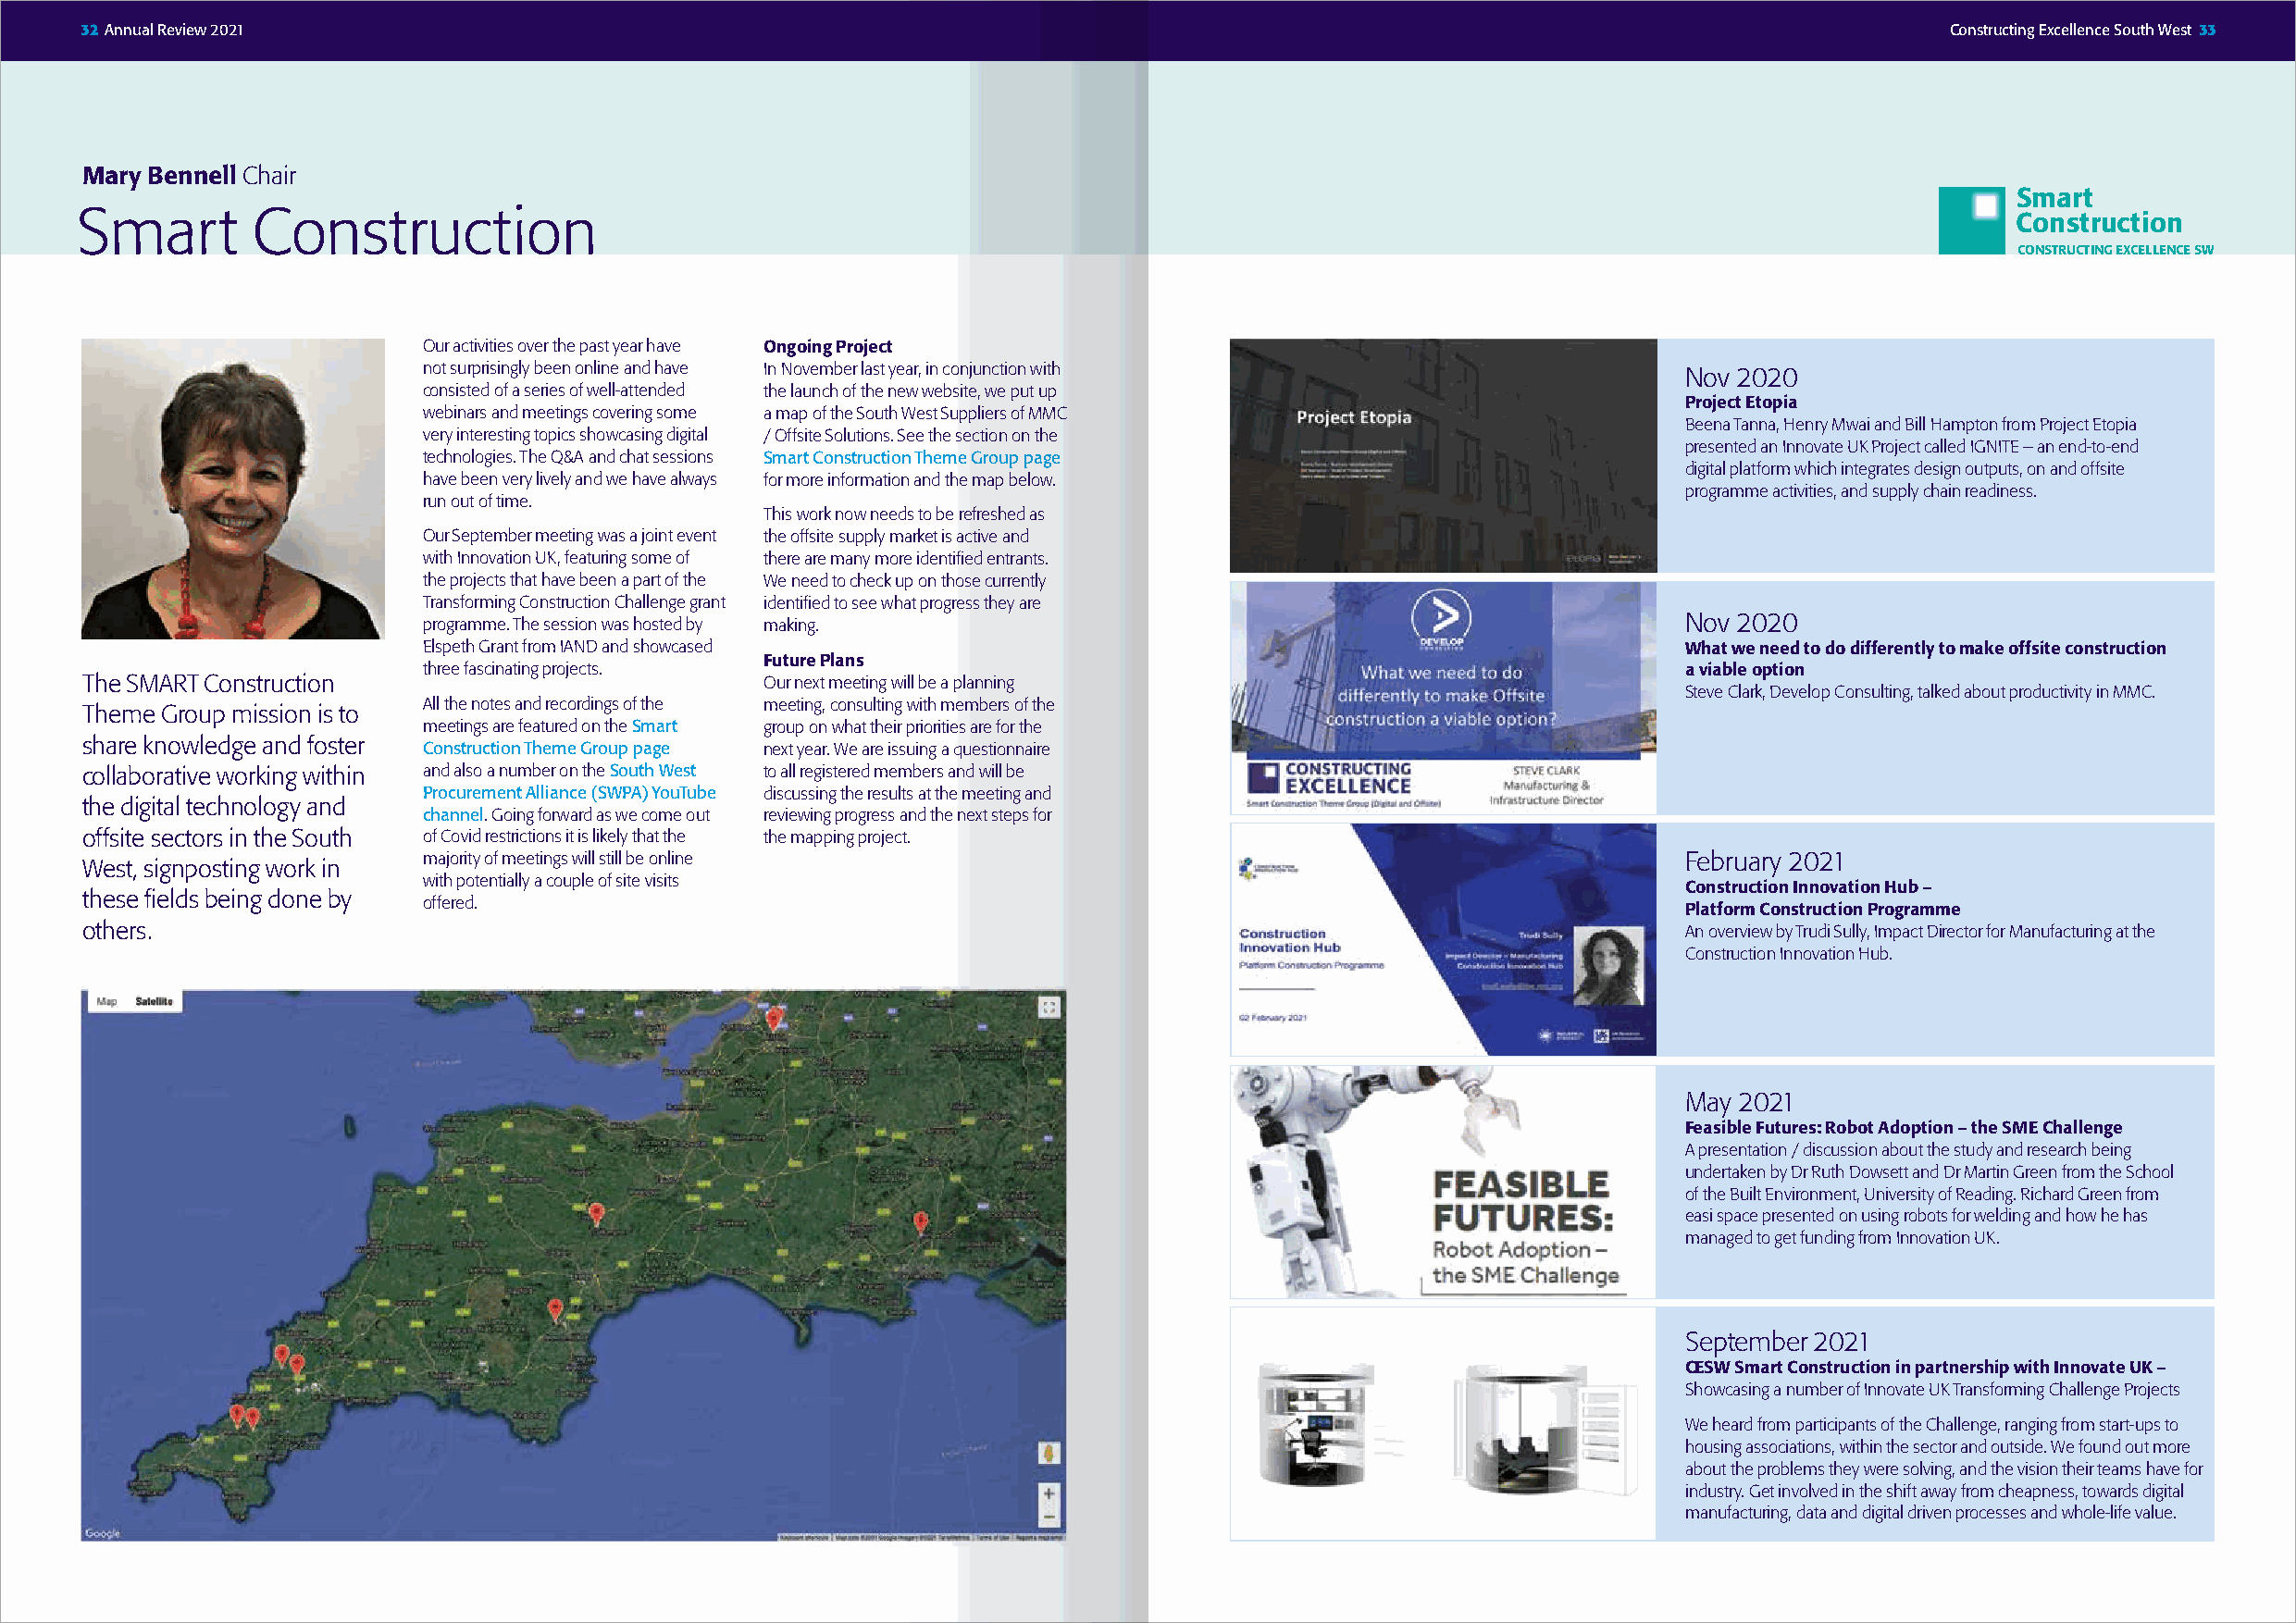
32 Annual Review 2021                                                                                                                Constructing Excellence South West 33
 Mary Bennell Chair
 Smart
 Smart        Construction
 C onstruction
 CONSTRUCTING EXCELLENCE SW
 Our activities over the past year have Ongoing Project
 not surprisingly been online and have In November last year, in conjunction with           Nov 2020
 consisted of a series of well-attended the launch of the new website, we put up
 Project Etopia
 webinars and meetings covering some a map of the South West Suppliers of MMC
 Beena Tanna, Henry Mwai and Bill Hampton from Project Etopia
 very interesting topics showcasing digital / Offsite Solutions. See the section on the
 presented an Innovate UK Project called IGNITE – an end-to-end
 technologies. The Q&A and chat sessions Smart Construction Theme Group page
 digital platform which integrates design outputs, on and offsite
 have been very lively and we have always for more information and the map below.
 programme activities, and supply chain readiness.
 run out of time.
 This work now needs to be refreshed as
 Our September meeting was a joint event the offsite supply market is active and
 with Innovation UK, featuring some of there are many more identified entrants.
 the projects that have been a part of the We need to check up on those currently
 Transforming Construction Challenge grant identified to see what progress they are
 Nov 2020
 programme. The session was hosted by making.
 Elspeth Grant from IAND and showcased                                                      What we need to do differently to make offsite construction
 Future Plans
 three fascinating projects.                                                                a viable option
 The SMART Construction                           Our next meeting will be a planning
 Steve Clark, Develop Consulting, talked about productivity in MMC.
 All the notes and recordings of the meeting, consulting with members of the
 Theme Group mission is to
 meetings are featured on the Smart group on what their priorities are for the
 share knowledge and foster
 Construction Theme Group page next year. We are issuing a questionnaire
 collaborative working within and also a number on the South West to all registered members and will be
 Procurement Alliance (SWPA) YouTube discussing the results at the meeting and
 the digital technology and
 channel. Going forward as we come out reviewing progress and the next steps for
 offsite sectors in the South of Covid restrictions it is likely that the the mapping project.
 majority of meetings will still be online                                                  February 2021
 West, signposting work in
 with potentially a couple of site visits
 Construction Innovation Hub –
 these fields being done by
 offered.
 Platform Construction Programme
 others.                                                                                                            An overview by Trudi Sully, Impact Director for Manufacturing at the
 Construction Innovation Hub.
 May 2021
 Feasible Futures: Robot Adoption – the SME Challenge
 A presentation / discussion about the study and research being
 undertaken by Dr Ruth Dowsett and Dr Martin Green from the School
 of the Built Environment, University of Reading. Richard Green from
 easi space presented on using robots for welding and how he has
 managed to get funding from Innovation UK.
 September 2021
 CESW Smart Construction in partnership with Innovate UK –
 Showcasing a number of Innovate UK Transforming Challenge Projects
 We heard from participants of the Challenge, ranging from start-ups to
 housing associations, within the sector and outside. We found out more
 about the problems they were solving, and the vision their teams have for
 industry. Get involved in the shift away from cheapness, towards digital
 manufacturing, data and digital driven processes and whole-life value.